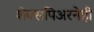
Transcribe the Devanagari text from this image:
शेक्सपिअरनेही